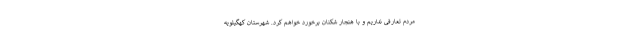
مردم تعارفی نداریم و با هنجار شکنان برخورد خواهم کرد. شهرستان کهگیلویه